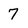
Character: 7